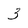
Character: 3